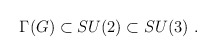
\begin{align*}\Gamma(G)\subset SU(2)\subset SU(3) \ .\end{align*}